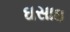
ઘસાઇ